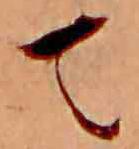
て